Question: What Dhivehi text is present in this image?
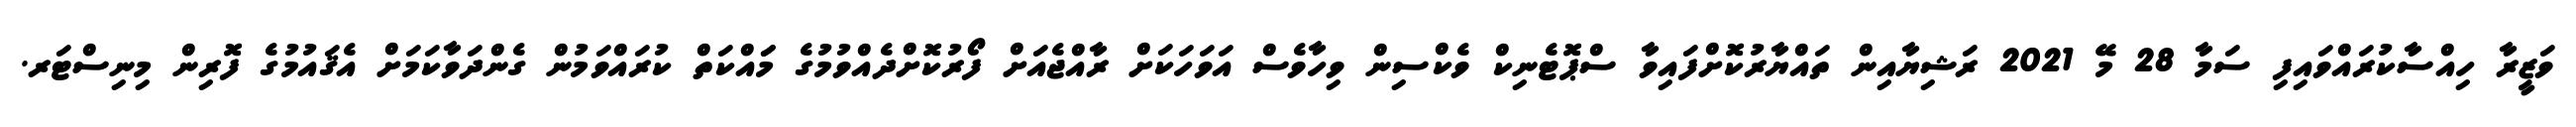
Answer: ވަޒީރާ ހިއްސާކުރައްވައިފި ސަމާ 28 މޭ 2021 ރަޝިޔާއިން ތައްޔާރުކޮށްފައިވާ ސްޕޮޓެނިކް ވެކްސިން ވިހާވެސް އަވަހަކަށް ރާއްޖެއަށް ފޯރުކޮށްދެއްވުމުގެ މަައްކަތް ކުރައްވަމުން ގެންދަވާކަމަށް އެޤައުމުގެ ފޮރިން މިނިސްޓަރ.